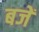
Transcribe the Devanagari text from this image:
बजें